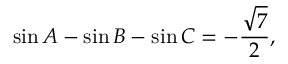
\sin A - \sin B - \sin C = - { \frac { \sqrt { 7 } } { 2 } } ,